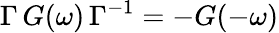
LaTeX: \Gamma\, G(\omega)\, \Gamma^{-1}=-G(-\omega)